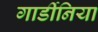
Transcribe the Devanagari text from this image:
गार्डीनिया